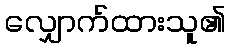
လျှောက်ထားသူ၏